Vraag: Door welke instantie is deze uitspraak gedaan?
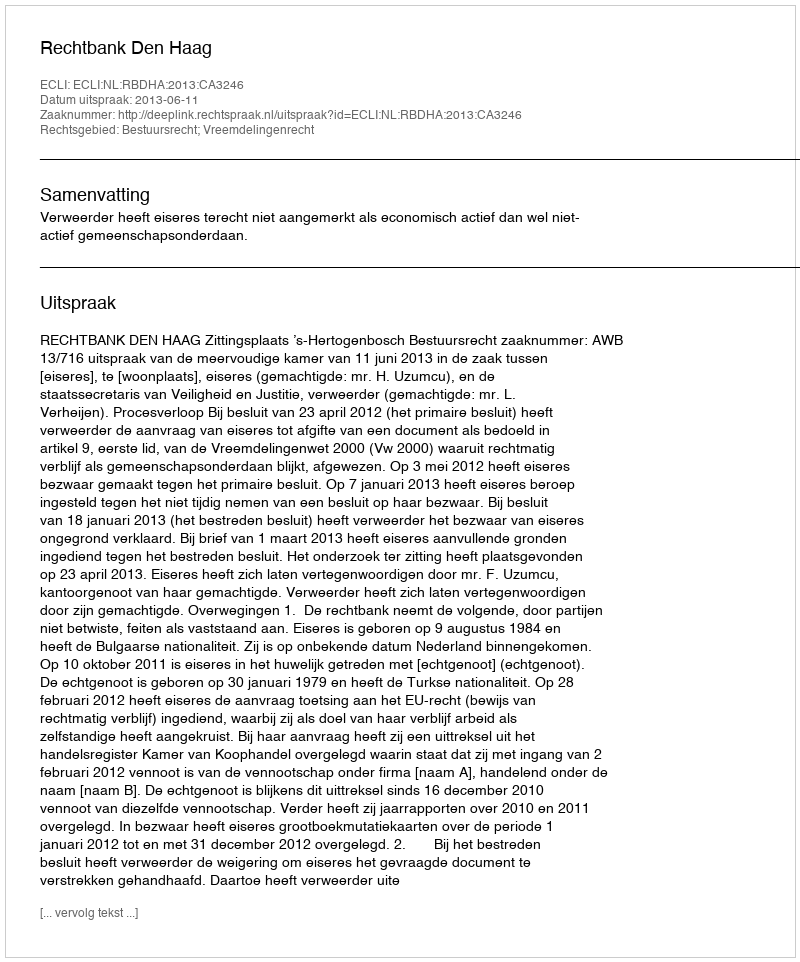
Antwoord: Rechtbank Den Haag